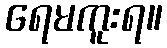
ရေမကူးရ။